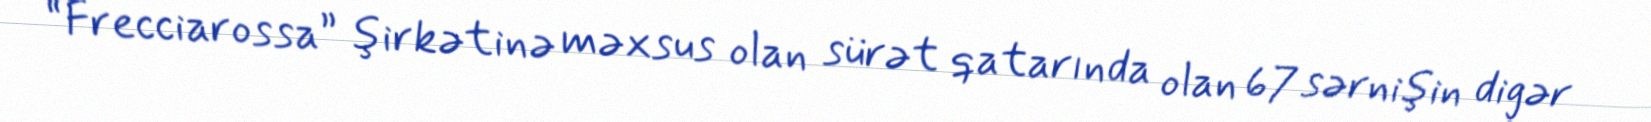
“Frecciarossa” şirkətinə məxsus olan sürət qatarında olan 67 sərnişin digər